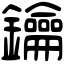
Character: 鑰